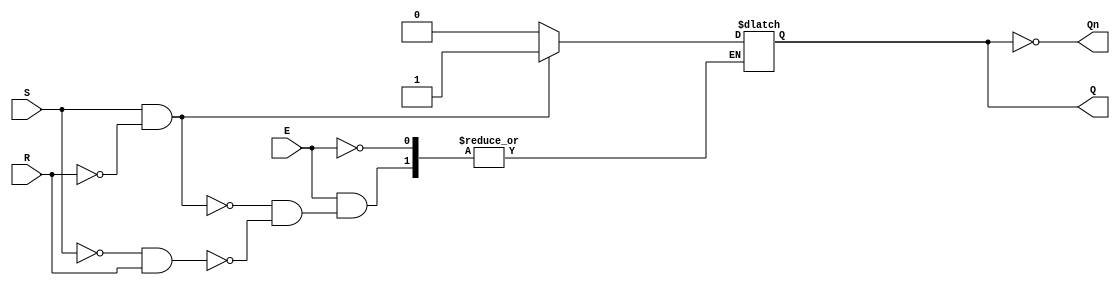
module gated_sr_latch (
    input wire S,      // Set input
    input wire R,      // Reset input
    input wire E,      // Enable input
    output reg Q,      // Output Q
    output wire Qn     // Output Q' (not Q)
);

    assign Qn = ~Q; // Q' is the inverse of Q

    always @ (E, S, R) begin
        if (E) begin
            if (S && !R) begin
                Q <= 1; // Set state
            end else if (!S && R) begin
                Q <= 0; // Reset state
            end
            // If both S and R are 0, maintain the current state
        end
        // If E is low, maintain the current state regardless of S and R
    end

    // Optional: Initialization (e.g., during power-up)
    initial begin
        Q = 0; // Initialize Q to 0; you can change this if needed
    end

endmodule